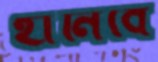
হানিবে